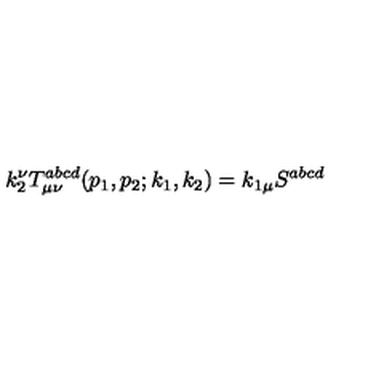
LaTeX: k _ { 2 } ^ { \nu } T _ { \mu \nu } ^ { a b c d } ( p _ { 1 } , p _ { 2 } ; k _ { 1 } , k _ { 2 } ) = k _ { 1 \mu } S ^ { a b c d }